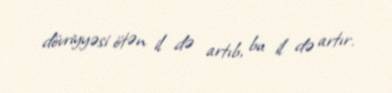
dövriyyəsi ötən il də artıb, bu il də artır.